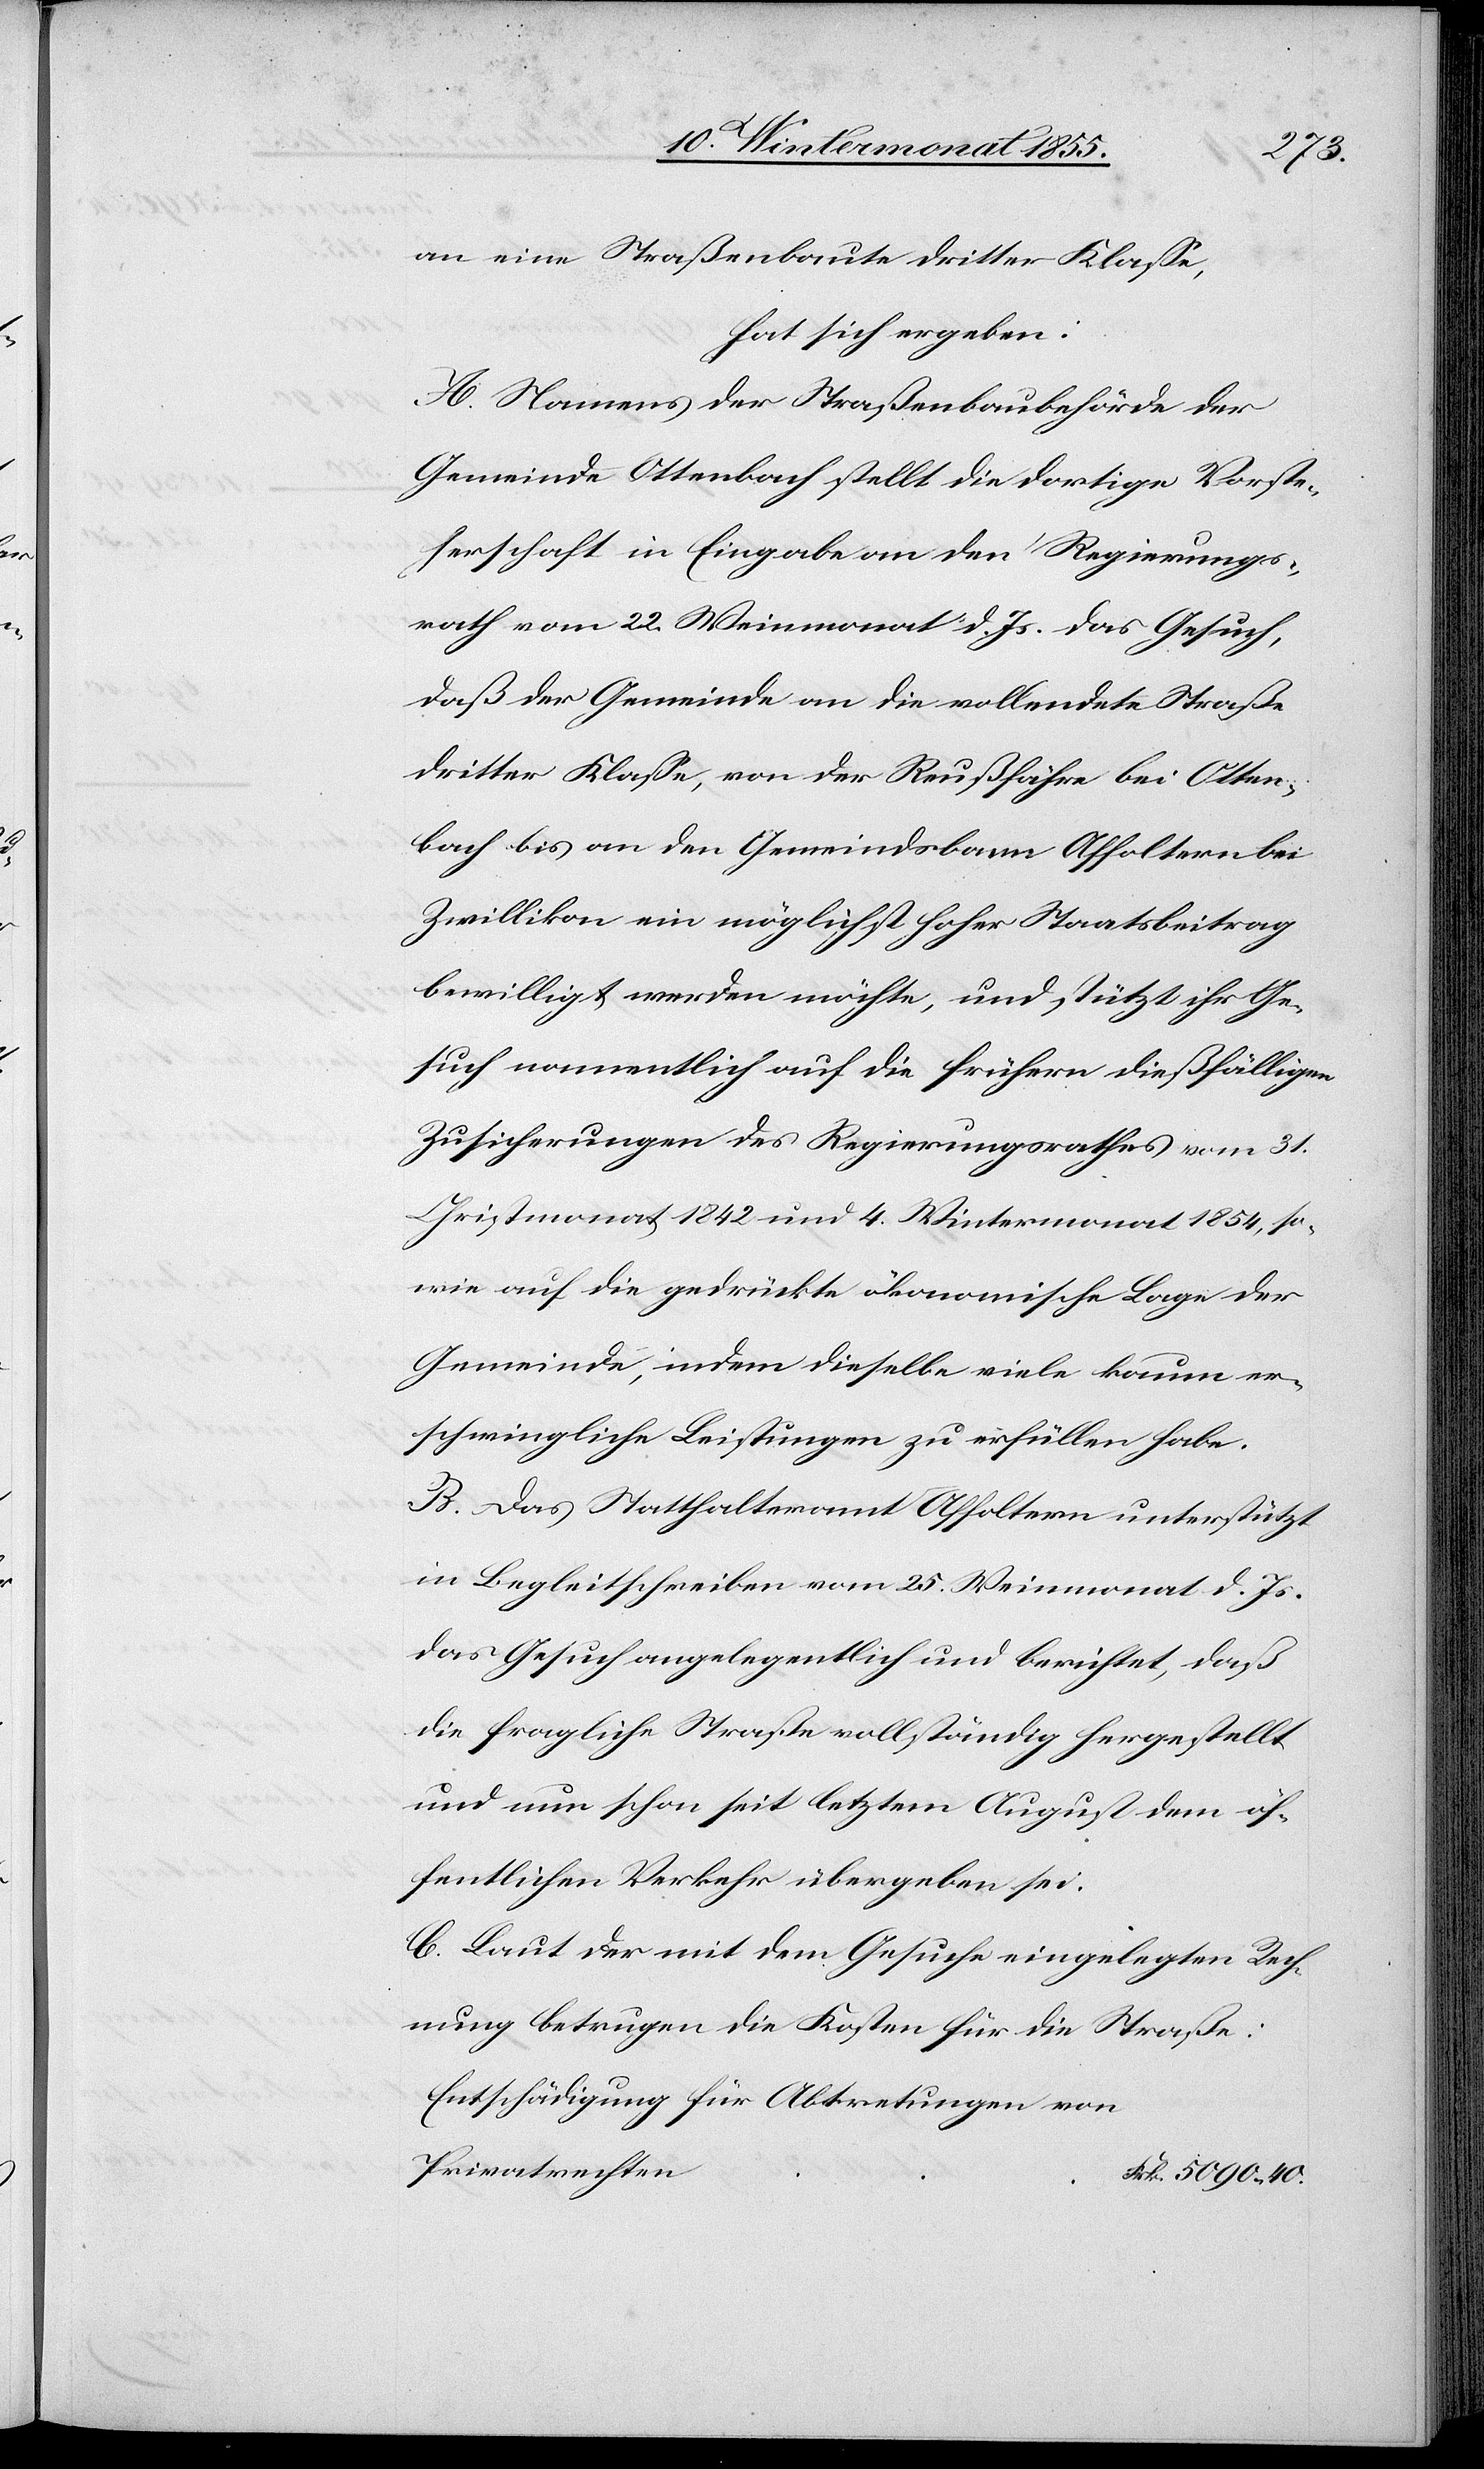
an eine Straßenbaute dritter Klasse,
hat sich ergeben:
A. Namens der Straßenbaubehörde der
Gemeinde Ottenbach stellt die dortige Vorste¬
herschaft in Eingabe an den Regierungs¬
rath vom 22. Weinmonat d. Js. das Gesuch,
daß der Gemeinde an die vollendete Straße
dritter Klasse, von der Reußfähre bei Otten¬
bach bis an den Gemeindsbann Affoltern bei
Zwillikon ein möglichst hoher Staatsbeitrag
bewilligt werden möchte, und stützt ihr Ge¬
such namentlich auf die frühern dießfälligen
Zusicherungen des Regierungsrathes vom 31.
Christmonat 1842 und 4. Wintermonat 1854, so¬
wie auf die gedrückte ökonomische Lage der
Gemeinde, indem dieselbe viele kaum er¬
schwingliche Leistungen zu erfüllen habe.
B. Das Statthalteramt Affoltern unterstützt
in Begleitschreiben vom 25. Weinmonat d. Js.
das Gesuch angelegentlich und berichtet, daß
die fragliche Straße vollständig hergestellt
und nun schon seit letztem August dem öf¬
fentlichen Verkehr übergeben sei.
C. Laut der mit dem Gesuche eingelegten Rech¬
nung betrugen die Kosten für die Straße:
Entschädigung für Abtretungen von
Privatrechten
Frk. 5090. 40.